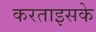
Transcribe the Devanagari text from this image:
करताइसके